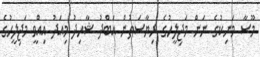
މޫސާ މަނިކުގެ ނަން މަޖިލީހުގެ ރިޔާސަތުން އަބްދު ޝާހިދު މިއަދު އިއްވީ މަޖިލީހުގެ